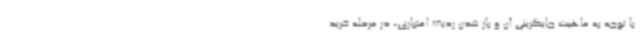
با توجه به ماهیت جایگزینی آن و باز شدن ردیف اعتباری، در مرحله خرید